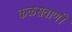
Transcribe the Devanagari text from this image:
कळसवाणी